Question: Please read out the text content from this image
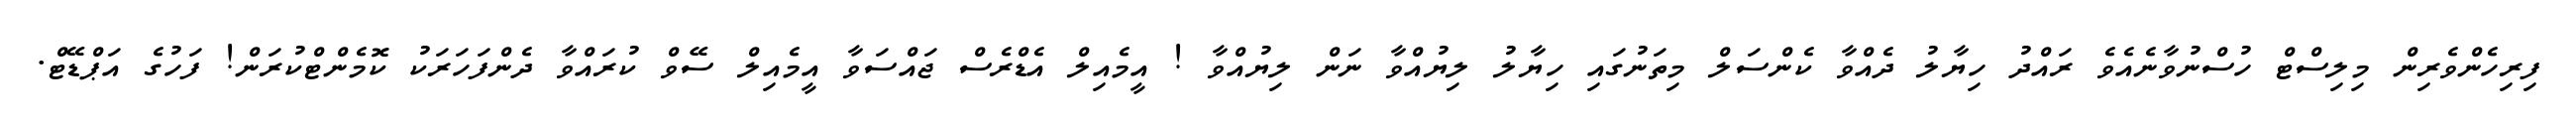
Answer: ފިރިހެންވެރިން މިލިސްޓް ހުސްނުވާނެއެވެ ރައްދު ހިޔާލު ދެއްވާ ކެންސަލް މިތަނުގައި ހިޔާލު ލިޔުއްވާ ނަން ލިޔުއްވާ ! އީމެއިލް އެޑްރެސް ޖައްސަވާ އީމެއިލް ސޭވް ކުރައްވާ ދެންފަހަރަކު ކޮމެންޓްކުރަން! ފަހުގެ އަޕްޑޭޓް.